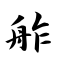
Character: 舴